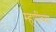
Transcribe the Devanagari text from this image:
म्हणींच्या